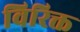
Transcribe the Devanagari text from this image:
विरिक्त